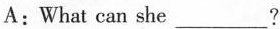
A: What can she___?